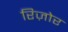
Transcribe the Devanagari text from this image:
रिज़ोर